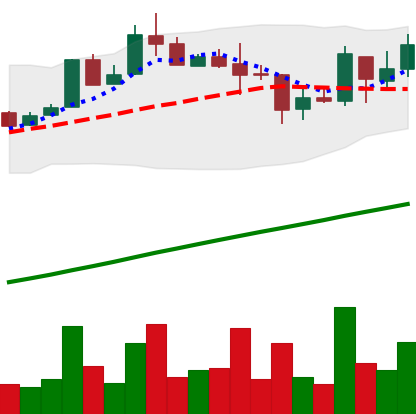
Ticker: LTC-USD
Chart end date: 2017-08-21
Forward return: 7.956%
Label: up_7plus